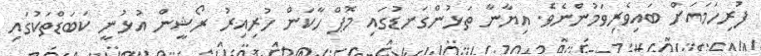
ފުރިހަމައަށް ބައިވެރިވަމުންނެވެ. އިިޔާނާ ތަޅުންގަނޑުގައި މޮޕް ހާކަން ހުރިއިރު ރޯޝީން އުޅުނީ ކަބަޑްތަކުގައި